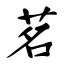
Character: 茗